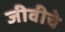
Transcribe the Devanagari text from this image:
जीवीचे